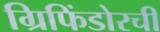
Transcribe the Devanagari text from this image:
ग्रिफिंडोरची